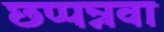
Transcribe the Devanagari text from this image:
छप्पन्नवा